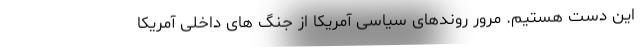
این دست هستیم. مرور روندهای سیاسی آمریکا از جنگ های داخلی آمریکا